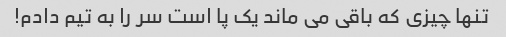
تنها چیزی که باقی می ماند یک پا است سر را به تیم دادم!